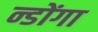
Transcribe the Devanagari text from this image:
न्डोंगा